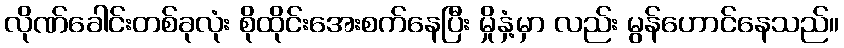
လိုဏ်ခေါင်းတစ်ခုလုံး စိုထိုင်းအေးစက်နေပြီး မှိုနှံ့မှာ လည်း မွန်ဟောင်နေသည်။